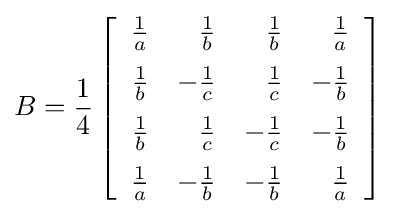
B={1 \over 4}\left[{\begin{array}{rrrr}{1 \over a}&{1 \over b}&{1 \over b}&{1 \over a}\\[6pt]{1 \over b}&-{1 \over c}&{1 \over c}&-{1 \over b}\\[6pt]{1 \over b}&{1 \over c}&-{1 \over c}&-{1 \over b}\\[6pt]{1 \over a}&-{1 \over b}&-{1 \over b}&{1 \over a}\end{array}}\right]